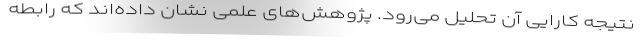
نتیجه کارایی آن تحلیل می‌رود. پژوهش‌های علمی نشان داده‌اند که رابطه